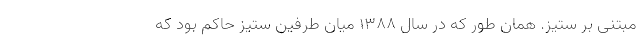
مبتنی بر ستيز. همان طور كه در سال ۱۳۸۸ ميان طرفين ستيز حاكم بود كه